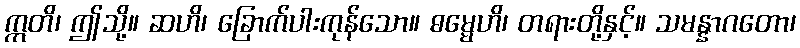
ဣတိ၊ ဤသို့။ ဆဟိ၊ ခြောက်ပါးကုန်သော။ ဓမ္မေဟိ၊ တရားတို့နှင့်။ သမန္နာဂတော၊